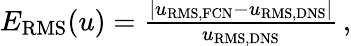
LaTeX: \begin{array}{r}{E_{\mathrm{RMS}}(u)=\frac{|u_{\mathrm{RMS,FCN}}-u_{\mathrm{RMS,DNS}}|}{u_{\mathrm{RMS,DNS}}}\, ,}\end{array}